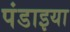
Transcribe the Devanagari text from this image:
पंडाइया